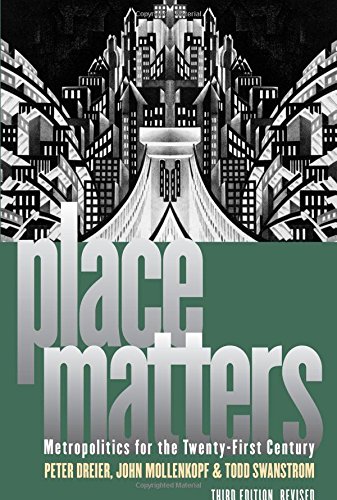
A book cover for Place Matters: Metropolitics for the TwentyFirst Century (Studies in Government and Public Policy); Peter Dreier; Politics & Social Sciences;